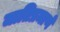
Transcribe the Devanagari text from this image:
जातिप्रमाणे